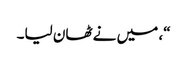
“، میں نے ٹھان لیا۔